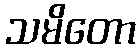
သမိတော